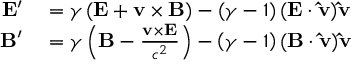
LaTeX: \begin{array} { r l } { \mathbf { E } ^ { \prime } } & { { } = \gamma \left( \mathbf { E } + \mathbf { v } \times \mathbf { B } \right) - \left( { \gamma - 1 } \right) ( \mathbf { E } \cdot \mathbf { \hat { v } } ) \mathbf { \hat { v } } } \\ { \mathbf { B } ^ { \prime } } & { { } = \gamma \left( \mathbf { B } - { \frac { \mathbf { v } \times \mathbf { E } } { c ^ { 2 } } } \right) - \left( { \gamma - 1 } \right) ( \mathbf { B } \cdot \mathbf { \hat { v } } ) \mathbf { \hat { v } } } \end{array}